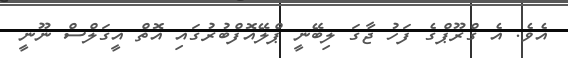
އެވެ. އެ ގްރޫޕްގެ ފަހު ޖާގަ ލިބޭނީ ޕްލޭއޮފްބުރުގައި އޮތް އީގަލްސް ނޫނީ